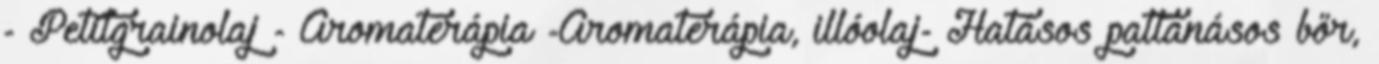
- Petitgrainolaj - Aromaterápia -Aromaterápia, illóolaj- Hatásos pattanásos bőr,